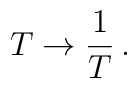
T \rightarrow {1\over T} \, .